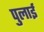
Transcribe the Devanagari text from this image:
पुलाई